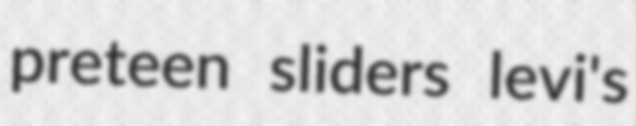
preteen sliders levi's